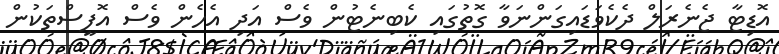
އޮޑިޓާ ޖެނެރަލް ދެކެވަޑައިގަންނަވާ ގޮތުގައި ކެބިނެޓުން ވެސް އަދި އެހެން ވެސް އޮފީސްތަކުން